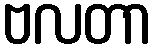
ဗလတာ